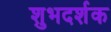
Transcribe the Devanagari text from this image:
शुभदर्शक